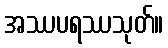
အဿပရဿသုတ်။